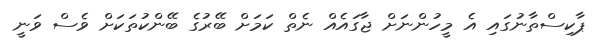
ޕާކިސްތާނުގައި އެ މީހުންނަށް ޖާގައެއް ނެތް ކަމަށް ބޭރުގެ ބޭންކުތަކަށް ވެސް ވަނީ